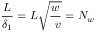
{ \frac { L } { \delta _ { 1 } } } = { L { \sqrt { \frac { w } { \ v } } } } = N _ { w }